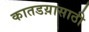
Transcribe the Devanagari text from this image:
कातडय़ासाठी